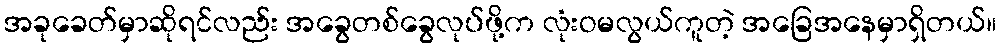
အခုခေတ်မှာဆိုရင်လည်း အခွေတစ်ခွေလုပ်ဖို့က လုံးဝမလွယ်ကူတဲ့ အခြေအနေမှာရှိတယ်။